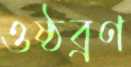
ওষ্ঠব্রণ